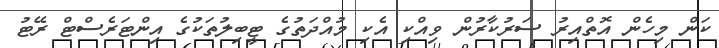
ކަން މިހެން އޮތްއިރު ސަރުކާރުން ވިއްކި އެކި މުއްދަތުގެ ޓީބިލުތަކުގެ އިންޓަރެސްޓް ރޭޓު